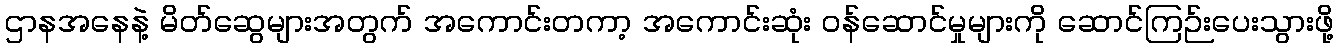
ဌာနအနေနဲ့ မိတ်ဆွေများအတွက် အကောင်းတကာ့ အကောင်းဆုံး ဝန်ဆောင်မှုများကို ဆောင်ကြဉ်းပေးသွားဖို့